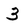
Character: 3